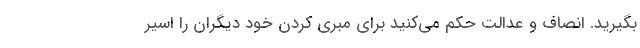
بگیرید. انصاف و عدالت حکم می‌کنید برای مبری کردن خود دیگران را اسیر